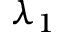
\lambda _ { 1 }